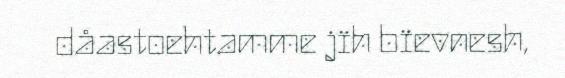
dåastoehtamme jïh bïevnesh,